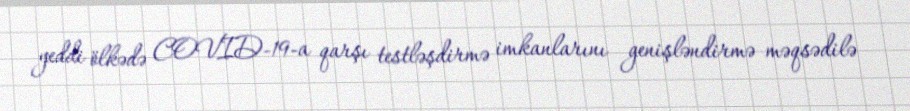
yeddi ölkədə COVID-19-a qarşı testləşdirmə imkanlarını genişləndirmə məqsədilə